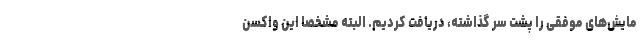
مایش‌های موفقی را پشت سر گذاشته، دریافت کردیم. البته مشخصاً این واکسن